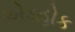
એડહોક